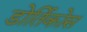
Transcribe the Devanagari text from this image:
डोर्तिकोस